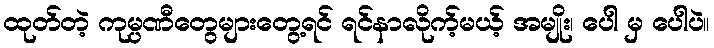
ထုတ်တဲ့ ကုမ္ပဏီတွေများတွေ့ရင် ရင်နာလိုက့်မယ့် အမျိုး၊ ပေါ မှ ပေါပဲ။